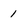
Character: 1